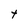
Character: t